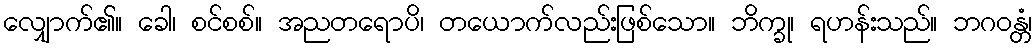
လျှောက်၏။ ခေါ၊ စင်စစ်။ အညတရောပိ၊ တယောက်လည်းဖြစ်သော။ ဘိက္ခု၊ ရဟန်းသည်။ ဘဂဝန္တံ၊